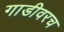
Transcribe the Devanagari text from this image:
गाडीवरच